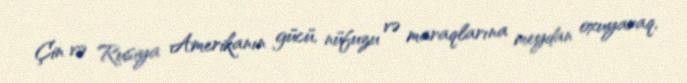
Çin və Rusiya Amerikanın gücü, nüfuzu və maraqlarına meydan oxuyaraq,